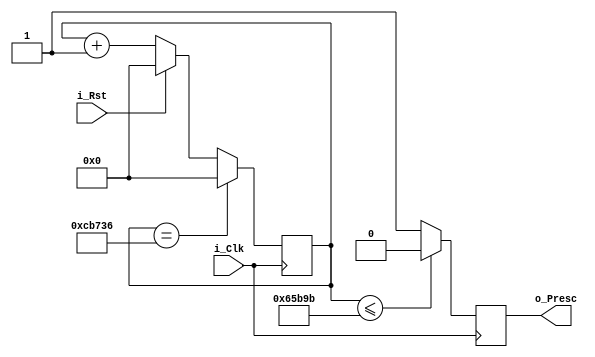
//Este componente sirve como un divisor de frecuencia
//de la seal de reloj interna de 100Mhz de la basys 3 a 120Hz que
//es la frecuencia que se requiere para desplegar cada digito en el
//display, se podria decir que cada 2.4Micro segundos otorga un pulso 
//positivo que dura la misma cantidad de tiempo y posteriormente 
//baja a un valor logico '0'
  module Preescalador(
    input i_Clk,
    input i_Rst,
    output o_Presc);
    
    //Se establece un registro para el contador, que debe almacenar un valor
    //de hasta 833,333 iteraciones que es lo equivalente al periodo requerido
    reg [19:0] contador;
    //Un registro salida para trabajar en el always y que su valor a la salida
    //o_Presc
    reg salida;
    
    //Se elimino el reset asincrono debido a que causaba ambiguedades en la 
    //etapa de implemetacion
    always@(posedge i_Clk)
    begin
        if (i_Rst) begin//El reset es sincrono
        contador <= 0;
        end
        else begin
            contador <= contador+1;
        end
        if (contador <= 416667) begin//Se compara si el contador llega a la
                                    // Mitad del periodo para establecer un '1'
                                    //logico en la salida, si no, lo deja en '0'
        salida <= 0;
        end
        else begin
        salida <= 1;
        end
        if (contador == 833334)begin//Se verifica que el contador complete el
                                    //periodo para establecer la salida a 0
                                    
        contador <= 0;//Se retorna el valor del contador a 0
        end
    end
    assign o_Presc = salida;//Se pasa el valor del registro salida a o_Presc
endmodule